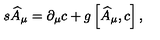
s \widehat { A } _ { \mu } = \partial _ { \mu } c + g \left[ \widehat { A } _ { \mu } , c \right] ,